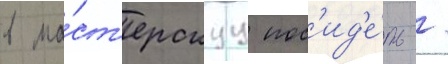
в ма́ст'ерскуу пос'ид'е́ть /